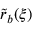
\tilde { r } _ { b } ( \xi )